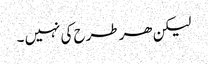
لیکن ھر طرح کی نہیں ۔